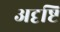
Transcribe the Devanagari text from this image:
अदृष्टि